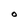
Character: O